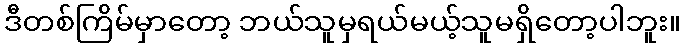
ဒီတစ်ကြိမ်မှာတော့ ဘယ်သူမှရယ်မယ့်သူမရှိတော့ပါဘူး။